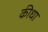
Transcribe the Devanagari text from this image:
कीधा